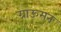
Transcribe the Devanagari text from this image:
ग्राऊमन